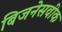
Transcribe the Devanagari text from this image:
बिजनेसवीक